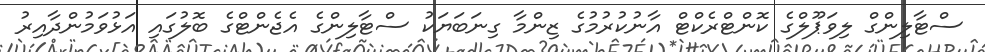
ސްޓާލިންގް ލިވަޕޫލްގެ ކޮންޓްރެކްޓް އާނުކުރުމުގެ ޒިންމާ ގިނަބަޔަކު ސްޓާލިންގެ އެޖެންޓްގެ ބޮލުގައި އަޅުވަމުންދާއިރު